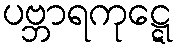
ပဗ္ဘာရကုဋ္ဋေ